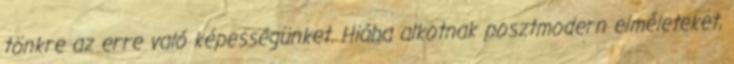
tönkre az erre való képességünket. Hiába alkotnak posztmodern elméleteket,